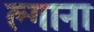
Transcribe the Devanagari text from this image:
ल्गाना